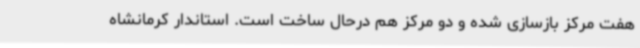
هفت مرکز بازسازی شده و دو مرکز هم درحال ساخت است. استاندار کرمانشاه